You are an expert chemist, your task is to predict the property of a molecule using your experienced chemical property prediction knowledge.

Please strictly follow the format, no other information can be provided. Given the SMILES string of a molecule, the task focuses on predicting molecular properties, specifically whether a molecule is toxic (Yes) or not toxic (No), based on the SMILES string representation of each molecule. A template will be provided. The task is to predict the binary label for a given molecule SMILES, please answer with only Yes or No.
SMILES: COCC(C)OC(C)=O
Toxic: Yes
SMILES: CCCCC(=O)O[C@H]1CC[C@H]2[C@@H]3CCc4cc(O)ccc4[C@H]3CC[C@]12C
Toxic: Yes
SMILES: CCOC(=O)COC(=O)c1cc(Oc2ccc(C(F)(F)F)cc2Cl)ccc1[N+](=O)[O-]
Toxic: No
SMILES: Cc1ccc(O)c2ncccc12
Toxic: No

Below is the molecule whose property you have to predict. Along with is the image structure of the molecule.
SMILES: N=C1C=CC(=C(c2ccc(N)cc2)c2ccc(N)cc2)C=C1
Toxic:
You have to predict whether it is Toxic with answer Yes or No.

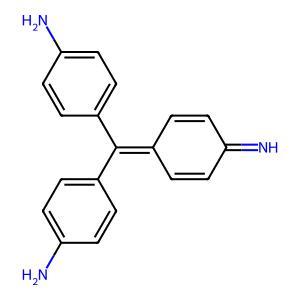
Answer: No